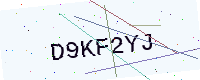
Text: D9KF2YJ